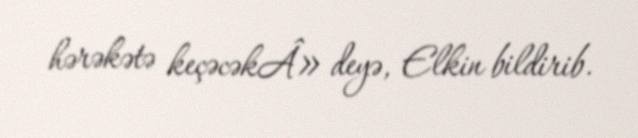
hərəkətə keçəcəkÂ» deyə, Elkin bildirib.